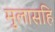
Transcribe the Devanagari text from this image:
मुलासहि